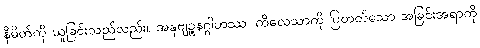
နိမိတ်ကို ယူခြင်းသည်လည်း။ အနုဗျဉ္ဇနဂ္ဂါဟဿ၊ ကိလေသာကို ပြတတ်သော အခြင်းအရာကို